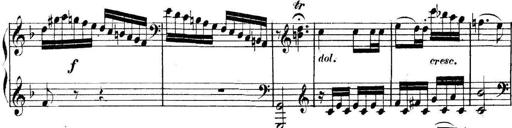
Title: Collected Piano Sonatas
Composer: Muzio Clementi